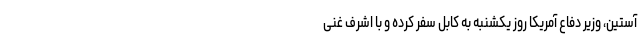
آستین، وزیر دفاع آمریکا روز یکشنبه به کابل سفر کرده و با اشرف غنی